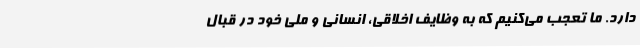
دارد. ما تعجب می‌کنیم که به وظایف اخلاقی، انسانی و ملی خود در قبال